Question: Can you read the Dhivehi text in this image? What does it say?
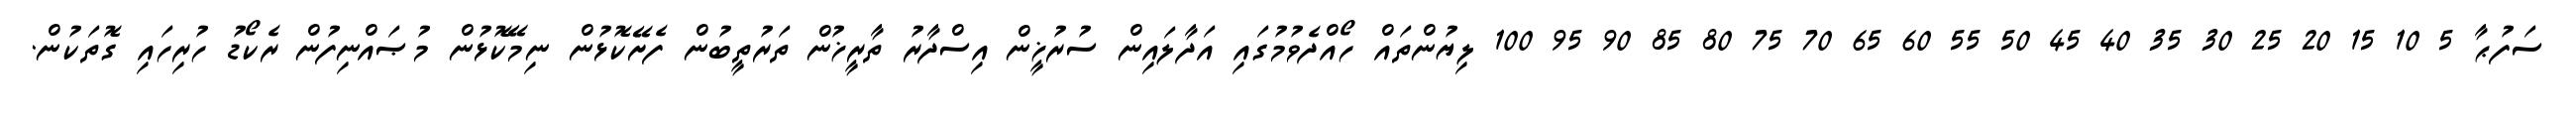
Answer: ސަފުޙާ 5 10 15 20 25 30 35 40 45 50 55 60 65 70 75 80 85 90 95 100 ލިޔުންތައް ހޯއްދެވުމުގައި އަދާލައިން ސުރުޚީން އިސްދާރު ތާރީޚުން ތަރުތީބުން ފެށޭކޮޅުން ނިމޭކޮޅުން މުޞައްނިފުން ރެކޯޑު ހުރިހައި ގޮތަކުން.